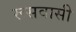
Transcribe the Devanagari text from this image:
रूसवासी